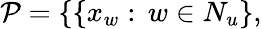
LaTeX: {\mathcal P}=\{ \{ x_{w}:\, w\in N_{u}\} ,